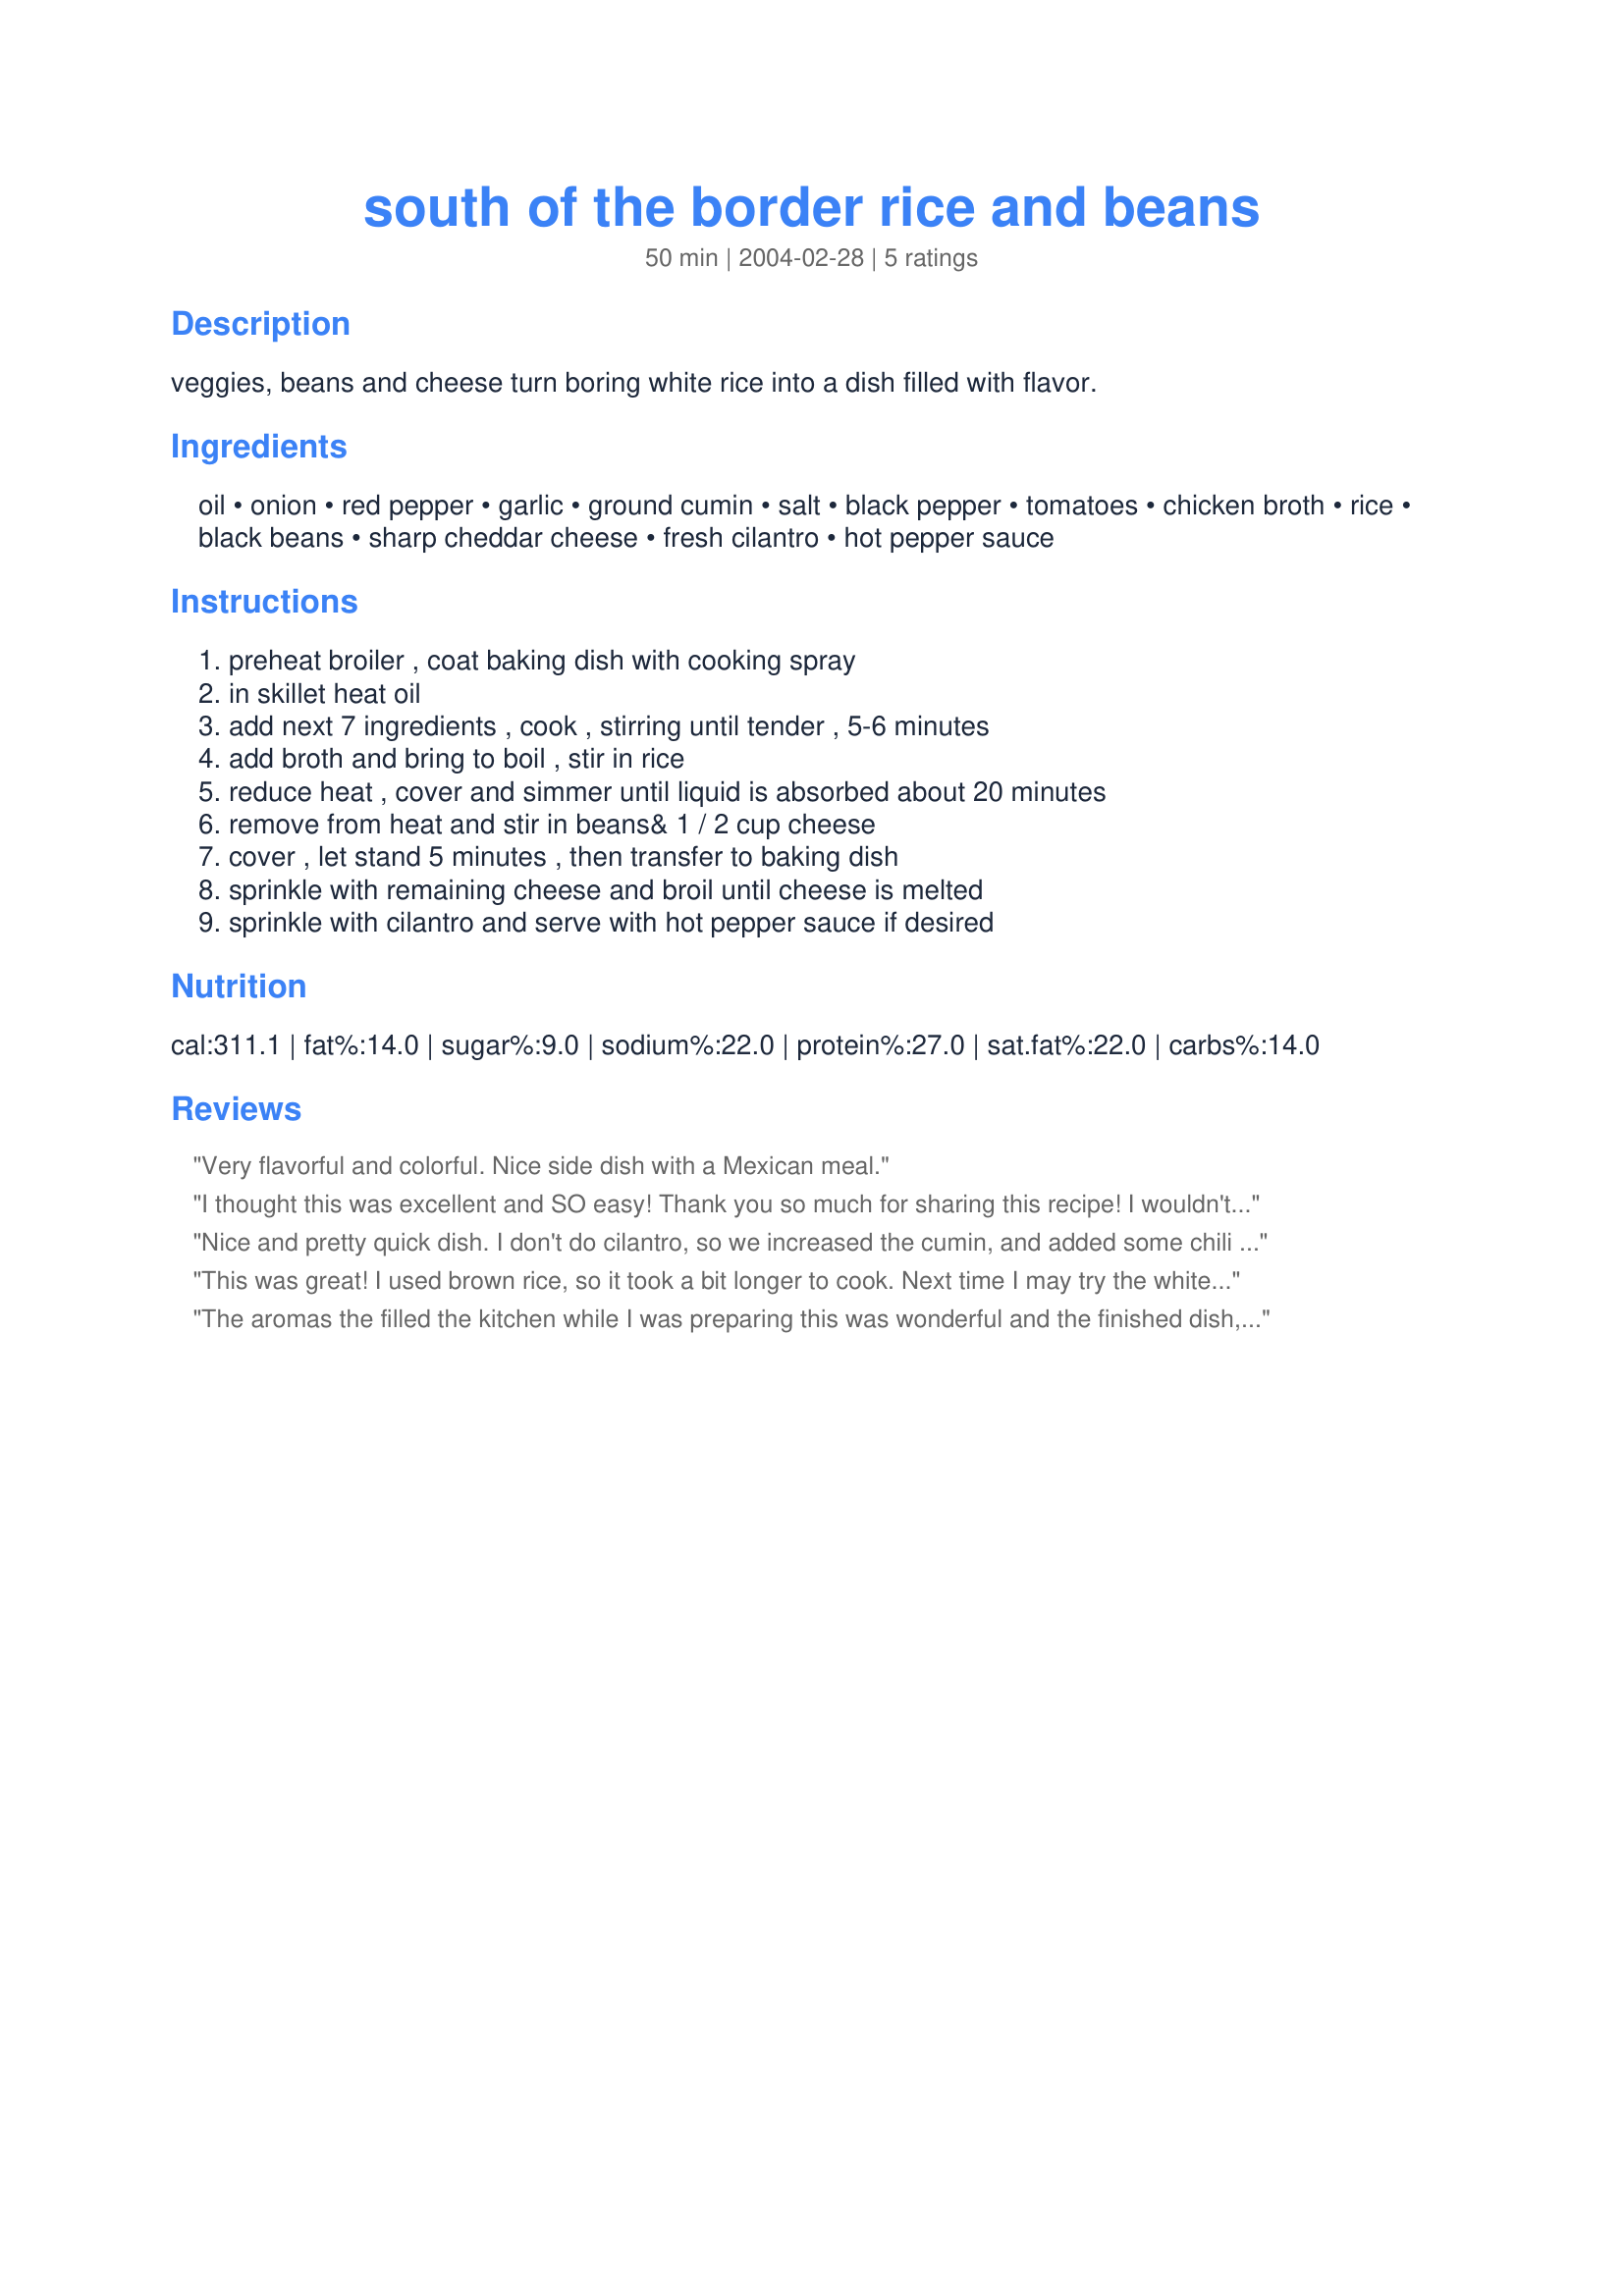
south of the border rice and beans
Preparation time: 50 minutes

veggies, beans and cheese turn boring white rice into a dish filled with flavor.

Ingredients:
oil, onion, red pepper, garlic, ground cumin, salt, black pepper, tomatoes, chicken broth, rice, black beans, sharp cheddar cheese, fresh cilantro, hot pepper sauce

Steps:
preheat broiler , coat baking dish with cooking spray, in skillet heat oil, add next 7 ingredients , cook , stirring until tender , 5-6 minutes, add broth and bring to boil , stir in rice, reduce heat , cover and simmer until liquid is absorbed about 20 minutes, remove from heat and stir in beans& 1 / 2 cup cheese, cover , let stand 5 minutes , then transfer to baking dish, sprinkle with remaining cheese and broil until cheese is melted, sprinkle with cilantro and serve with hot pepper sauce if desired

Reviews:
Very flavorful and colorful. Nice side dish with a Mexican meal.
I thought this was excellent and SO easy! Thank you so much for sharing this recipe! I wouldn't change a thing!
Nice and pretty quick dish. I don't do cilantro, so we increased the cumin, and added some chili powder, too. Pretty tasty.
This was great! I used brown rice, so it took a bit longer to cook. Next time I may try the white rice. I also used a whole can of tomatoes, rather than one medium tomato, and we really liked how juicy the extra tomatoes made this dish. And I used a lot more cheese than called for -- we really like things cheesy! Next time I would probably increase the cilantro, too. There will definitely be a next time for this dish -- it's a keeper!
The aromas the filled the kitchen while I was preparing this was wonderful and the finished dish, besides tasting wonderful, was colorful and attractive. Another benefit of this dish is that once you make the main rice and cheese mixture, you can either finish off the whole mixture, or refrigerate it and broil up individual servings with fresh cheese sprinkled on top whenever you want it, sprinkle with some cilantro, and it's like fresh-made each time. I love dishes with that kind of versatility. I did use 1/2 can of diced tomatoes instead of the fresh, and added about 1/2 cup extra water because I like my rice a little softer and saucier. I think anyone trying this would enjoy it a lot. And it's also great with salsa too.
